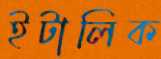
ইটালিক